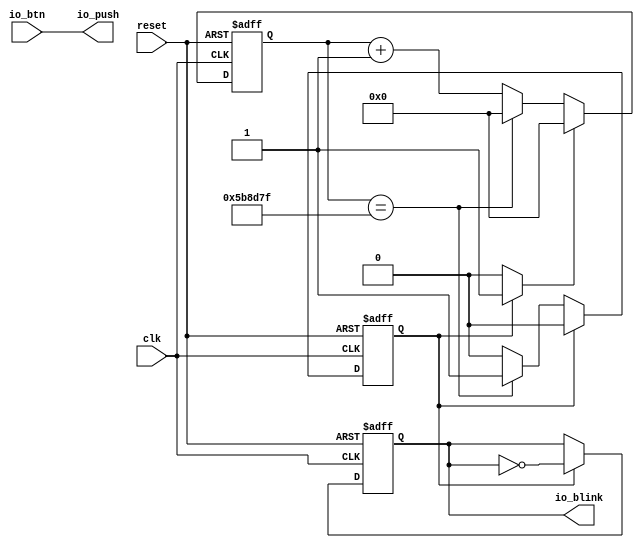
// Generator : SpinalHDL v1.5.0    git head : 83a031922866b078c411ec5529e00f1b6e79f8e7
// Component : Blinky
// Git hash  : 028f8d7f972233637a2032f001fe37204c66751b



module Blinky (
  input               io_btn,
  output              io_blink,
  output              io_push,
  input               clk,
  input               reset
);
  wire       [22:0]   _zz_timer_counter_valueNext;
  wire       [0:0]    _zz_timer_counter_valueNext_1;
  reg                 blinkState;
  reg                 timer_state;
  reg                 timer_stateRise;
  wire                timer_counter_willIncrement;
  reg                 timer_counter_willClear;
  reg        [22:0]   timer_counter_valueNext;
  reg        [22:0]   timer_counter_value;
  wire                timer_counter_willOverflowIfInc;
  wire                timer_counter_willOverflow;

  assign _zz_timer_counter_valueNext_1 = timer_counter_willIncrement;
  assign _zz_timer_counter_valueNext = {22'd0, _zz_timer_counter_valueNext_1};
  always @(*) begin
    timer_stateRise = 1'b0;
    if(timer_counter_willOverflow) begin
      timer_stateRise = (! timer_state);
    end
    if(timer_state) begin
      timer_stateRise = 1'b0;
    end
  end

  always @(*) begin
    timer_counter_willClear = 1'b0;
    if(timer_state) begin
      timer_counter_willClear = 1'b1;
    end
  end

  assign timer_counter_willOverflowIfInc = (timer_counter_value == 23'h5b8d7f);
  assign timer_counter_willOverflow = (timer_counter_willOverflowIfInc && timer_counter_willIncrement);
  always @(*) begin
    if(timer_counter_willOverflow) begin
      timer_counter_valueNext = 23'h0;
    end else begin
      timer_counter_valueNext = (timer_counter_value + _zz_timer_counter_valueNext);
    end
    if(timer_counter_willClear) begin
      timer_counter_valueNext = 23'h0;
    end
  end

  assign timer_counter_willIncrement = 1'b1;
  assign io_blink = blinkState;
  assign io_push = io_btn;
  always @(posedge clk or posedge reset) begin
    if(reset) begin
      blinkState <= 1'b0;
      timer_state <= 1'b0;
      timer_counter_value <= 23'h0;
    end else begin
      timer_counter_value <= timer_counter_valueNext;
      if(timer_counter_willOverflow) begin
        timer_state <= 1'b1;
      end
      if(timer_state) begin
        blinkState <= (! blinkState);
        timer_state <= 1'b0;
      end
    end
  end


endmodule